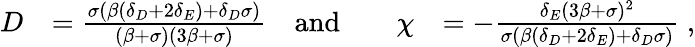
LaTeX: \begin{array}{rlrlrl}{D}&{=\frac{\sigma(\beta(\delta_{D}+2\delta_{E})+\delta_{D}\sigma)}{(\beta+\sigma)(3\beta+\sigma)}}&{\mathrm{and}}&{}&{\chi}&{=-\frac{\delta_{E}(3\beta+\sigma)^{2}}{\sigma(\beta(\delta_{D}+2\delta_{E})+\delta_{D}\sigma)}\; ,}\end{array}